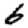
Digit: 6